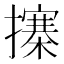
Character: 㩟